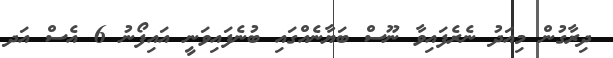
ދިރާގުން މިއަދު ނެރެފައިވާ ނޫސް ބަޔާނެއްގައި ބުނެފައިވަނީ އައިފޯނު 6 އެސް އަދ